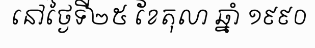
នៅថ្ងៃទី២៥ ខែតុលា ឆ្នាំ ១៩៩០